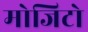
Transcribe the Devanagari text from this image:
मोजिटो